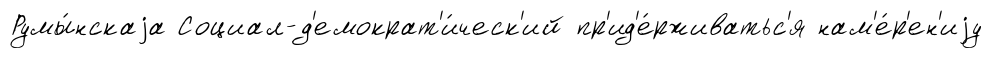
Румы́нскаjа Социал-д'емократ'и́ческ'ий пр'ид'е́рживатьс'я нам'е́р'ен'иjу